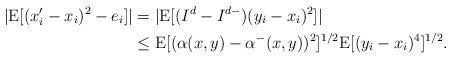
\begin{align*}|\mathrm{E}[(x_i'-x_i)^2 - e_i]|&= |\mathrm{E}[(I^d-I^{d-})(y_i-x_i)^2]| \\&\leq \mathrm{E}[(\alpha(x,y)-\alpha^-(x,y))^2]^{1/2} \mathrm{E}[(y_i-x_i)^4]^{1/2}.\end{align*}